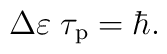
\Delta \varepsilon \; \tau_{\rm p} = \hbar.